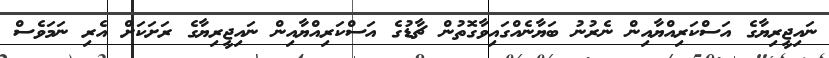
ނައިޖީރިޔާގެ އަސްކަރިއްޔާއިން ނެރުނު ބަޔާނެއްގައިވާގޮތުން ޗާޑުގެ އަސްކަރިއްޔާއިން ނައިޖީރިޔާގެ ރަށަކަށް އެރި ނަމަވެސް